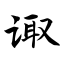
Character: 诹